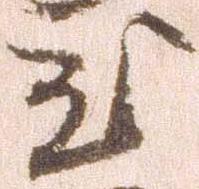
至